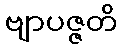
ဗျာပဇ္ဇတိ